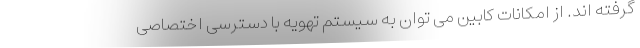
گرفته اند. از امکانات کابین می توان به سیستم تهویه با دسترسی اختصاصی